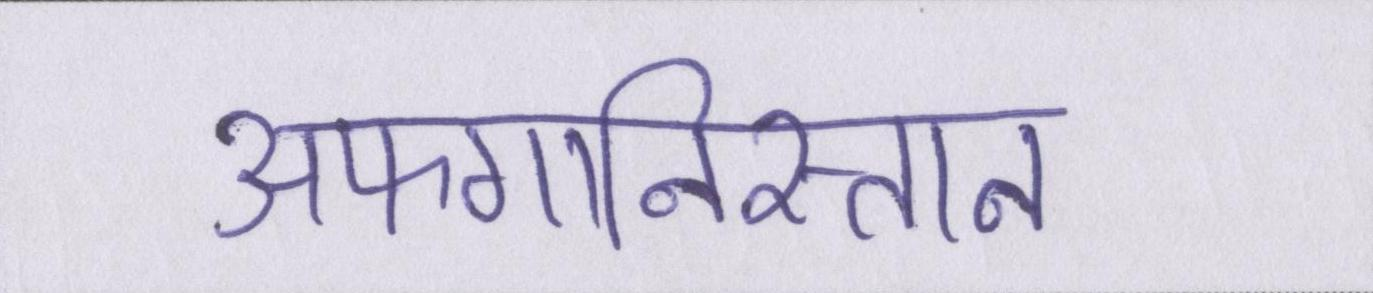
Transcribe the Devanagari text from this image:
अफगानिस्तान